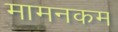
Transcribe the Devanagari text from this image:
मामनकम